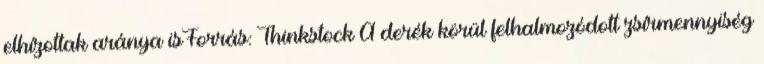
elhízottak aránya isForrás: Thinkstock A derék körül felhalmozódott zsírmennyiség